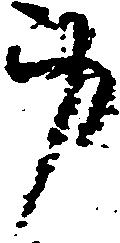
身